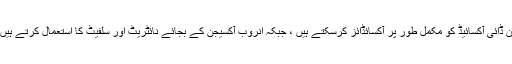
er ایروجن کاربن توانائی کے ذریعہ آکسیجن کا استعمال کرتے ہوئے پانی اور کاربن ڈائی آکسائیڈ کو مکمل طور پر آکسائڈائز کرسکتے ہیں ، جبکہ انروب آکسیجن کے بجائے نائٹریٹ اور سلفیٹ کا استعمال کرتے ہیں ، لہذا سلفر ڈائی آکسائیڈ ، میتھین ، امونیا وغیرہ جیسی گیسیں تیار کرتے ہیں۔